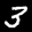
Label: 3